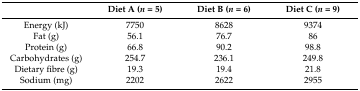
|  | Diet A (n = 5) | Diet B (n = 6) | Diet C (n = 9) |
 | --- | --- | --- | --- |
 | Energy (kJ) | 7750 | 8628 | 9374 |
 | Fat (g) | 56.1 | 76.7 | 86 |
 | Protein (g) | 66.8 | 90.2 | 98.8 |
 | Carbohydrates (g) | 254.7 | 236.1 | 249.8 |
 | Dietary fibre (g) | 19.3 | 19.4 | 21.8 |
 | Sodium (mg) | 2202 | 2622 | 2955 |